Medical and sanitary report on the native army of Bombay for the year
Year: 1877
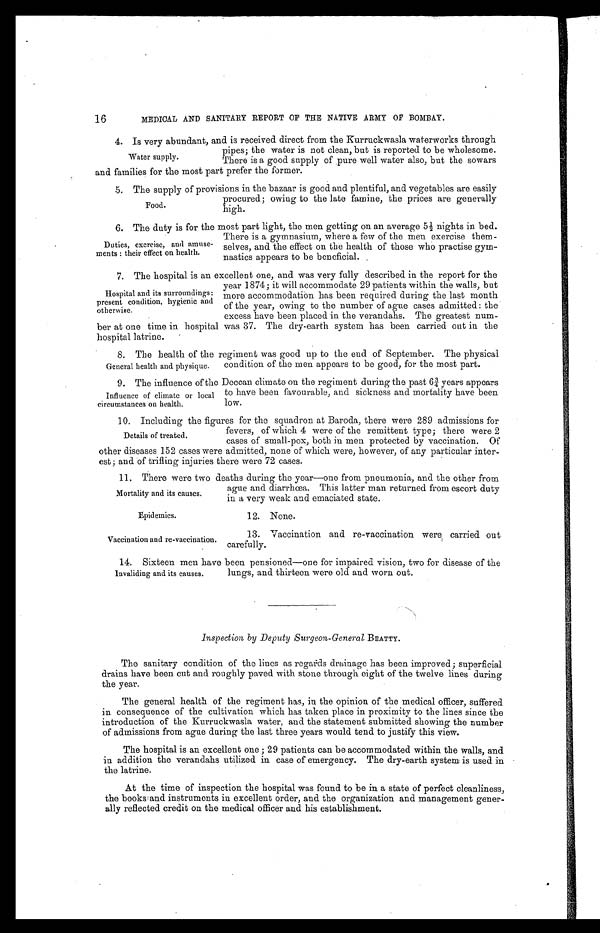
MEDICAL AND SANITARY REPORT OF THE NATIVE ARMY OF BOMBAY.
4. Is very abundant, and is received direct from the Kurruckwasla waterworks through
pipes; the water is not clean, but is reported to be wholesome.
There is a good supply of pure well water also, but the sowars
and families for the most part prefer the former.
5 . T h e s u p p l y o f p r o v i s i o n s i n t h e b a z a a r i s g o o d a n d p l e n t i f u l , a n d v e g e t a b l e s a r e e a s i l y
procured; owing to the late famine, the prices are generally
high.
6 . T h e d u t y i s f o r t h e m o s t p a r t l i g h t , t h e m e n g e t t i n g o n a n a v e r a g e 5 ½ n i g h t s i n b e d .
There is a gymnasium, where a few of the men exercise them
-
selves, and the effect on the health of those who practise gym
-
nastics appears to be beneficial.
7. The hospital is an excellent one, and was very fully described in the report for the
year 1874; it will accommodate 29 patients within the walls, but
more accommodation has been required during the last month
of the year, owing to the number of ague cases admitted: the
excess have been placed in the verandahs. The greatest num
-
ber at one time in hospital was 37. The dry-earth system has been carried out in the
h o s p i t a l l a t r i n e .
8. The health of the regiment was good up to the end of September. The physical
condition of the men appears to be good, for the most part.
9 . T h e i n f l u e n c e o f t h e D e c c a n c l i m a t e o n t h e r e g i m e n t d u r i n g t h e p a s t 6 ¾ y e a r s a p p e a r s
to have been favourable, and sickness and mortality have been
low.
10. Including the figures for the squadron at Baroda, there were 289 admissions for
fevers, of which 4 were of the remittent type; there were 2
cases of small-pox, both in men protected by vaccination. Of
other diseases 152 cases were admitted, none of which were, however, of any particular inter
-
est; and of trifling injuries there were 72 cases.
11. There were two deaths during the year—one from pneumonia, and the other from
ague and diarrhœa. This latter man returned from escort duty
in
a very weak and emaciated state.
16
Water supply.
Food.
Duties, exercise, and amuse
-
ments: their effect on health.
Hospital and its surroundings:
present condition, hygienic and
otherwise.
General health and physique.
Influence of climate or local
circumstances on health.
Details of treated.
Mortality and its causes.
Epidemics.
Vaccination and re-vaccination.
12. None.
13. Vaccination and re-vaccination were carried out
carefully.
14. Sixteen men have been pensioned—one for impaired vision, two for disease of the
lungs, and thirteen were old and worn out.
Inspection by Deputy Surgeon-General BEATTY.
The sanitary condition of the lines as regards drainage has been improved; superficial
drains have been cut and roughly paved with stone through eight of the twelve lines during
the year.
The general health of the regiment has, in the opinion of the medical officer, suffered
in consequence of the cultivation which has taken place in proximity to the lines since the
introduction of the Kurruckwasla water, and the statement submitted showing the number
of admissions from ague during the last three years would tend to justify this view.
The hospital is an excellent one; 29 patients can be accommodated within the walls, and
in addition the verandahs utilized in case of emergency. The dry-earth system is used in
the latrine.
At the time of inspection the hospital was found to be in a state of perfect cleanliness,
the books and instruments in excellent order, and the organization and management gener
-
ally reflected credit on the medical officer and his establishment.
Invaliding and its causes.